Punjab Mental Hospital Lahore 1932-46 - 1932-1946
Year: 1932
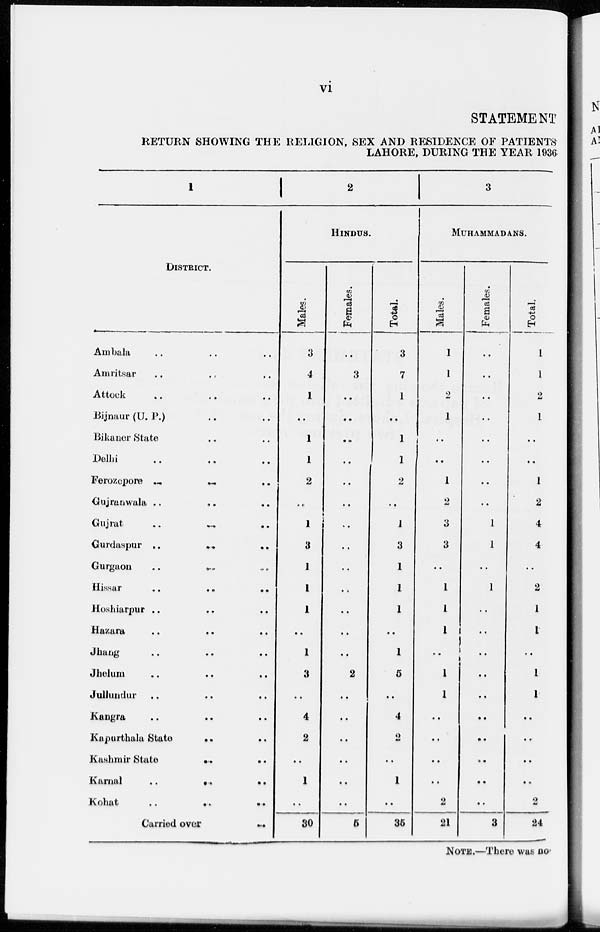
vi
STATEMENT
RETURN SHOWING THE RELIGION, SEX AND RESIDENCE OF PATIENTS
LAHORE, DURING THE YEAR 1936
1
DISTRICT.
Ambala .. .. ..
Amritsar .. .. ..
Attock .. .. ..
Bijnaur (U. P.) .. ..
Bikaner State .. ..
Delhi .. .. ..
Ferozepore
..
..
..
Gujranwala .. .. ..
Gujrat
..
..
..
Gurdaspur ..
..
..
Gurgaon
..
..
..
Hissar
..
..
..
Hoshiarpur .. .. ..
Hazara .. .. ..
Jhang .. .. ..
Jhelum .. .. ..
Jullundur .. .. ..
Kangra .. .. ..
Kapurthala State .. ..
Kashmir State
..
..
Karnal
..
..
..
Kohat
..
..
..
Carried over
..
1
HINDUS.
Males.
3
4
1
..
1
1
2
..
1
3
1
1
1
..
1
3
..
4
2
..
1
..
30
Females.
..
3
..
..
..
..
..
..
..
..
..
..
..
..
..
2
..
..
..
..
..
..
5
Total.
3
7
1
..
1
1
2
...
1
3
1
1
1
..
1
5
..
4
2
..
1
..
35
3
MUHAMMADANS.
Males.
1
1
2
1
..
..
1
2
3
3
..
1
1
1
..
1
1
..
..
..
..
2
21
Females.
..
..
..
..
..
..
..
..
1
1
..
1
..
..
..
..
..
..
..
..
..
..
3
Total
1
1
2
1
..
..
1
2
4
4
..
2
1
1
..
1
1
..
..
..
..
2
24
NOTE.—There was no